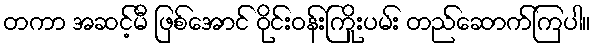
တကာ အဆင့်မီ ဖြစ်အောင် ဝိုင်းဝန်းကြိုးပမ်း တည်ဆောက်ကြပါ။